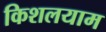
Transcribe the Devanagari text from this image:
किशलयाम